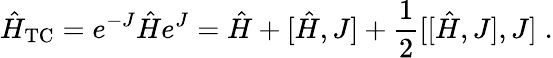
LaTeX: \hat{H}_{\mathrm{TC}}=e^{-J}\hat{H}e^{J}=\hat{H}+[\hat{H},J]+\frac{1}{2}[[\hat{H},J],J]\; .